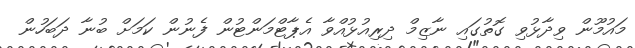
މައުމޫން ވިދާޅުވި ގޮތުގައި ނާޒިމް ދިރިއުޅުއްވާ އެޕާޓްމަންޓުން ފެނުން ކަމަށް ބުނާ ދަބަހުން